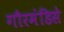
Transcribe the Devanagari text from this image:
गौरमंडिसे